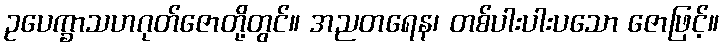
ဥပေက္ခာသဟဂုတ်ဇောတို့တွင်။ အညတရေန၊ တစ်ပါးပါးပသော ဇောဖြင့်။